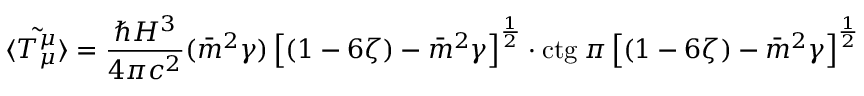
{ \tilde { \langle T _ { \mu } ^ { \mu } \rangle } } = \frac { \hbar H ^ { 3 } } { 4 \pi c ^ { 2 } } ( \bar { m } ^ { 2 } \gamma ) \left\lbrack ( 1 - 6 \zeta ) - \bar { m } ^ { 2 } \gamma \right\rbrack ^ { \frac { 1 } { 2 } } \cdot \mathrm { c t g } \: \pi \left\lbrack ( 1 - 6 \zeta ) - \bar { m } ^ { 2 } \gamma \right\rbrack ^ { \frac { 1 } { 2 } }